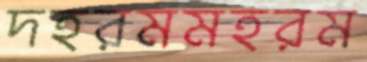
দহরমমহরম